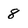
Character: 8